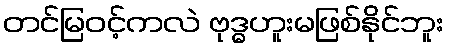
တင်မြဝင့်ကလဲ ဗုဒ္ဓဟူးမဖြစ်နိုင်ဘူး